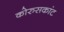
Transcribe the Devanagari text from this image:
कोरुसकांट